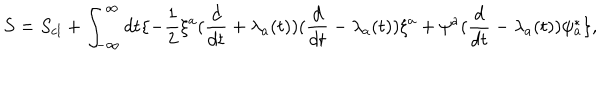
LaTeX: S = S _ { c l } + \int _ { - \infty } ^ { \infty } d t \{ - { \frac { 1 } { 2 } } \xi ^ { a } ( { \frac { d } { d t } } + \lambda _ { a } ( t ) ) ( { \frac { d } { d t } } - \lambda _ { a } ( t ) ) \xi ^ { a } + \psi ^ { a } ( { \frac { d } { d t } } - \lambda _ { a } ( t ) ) \psi _ { a } ^ { * } \} ,